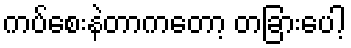
ကပ်စေးနဲတာကတော့ တခြားပေါ့